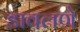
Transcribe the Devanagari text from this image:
डावलणे